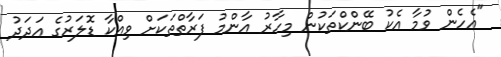
"އެހެން ވުމާ އެކު ބޭންކްތަކުން މިހާރު އާންމު ފަރާތްތަކަށް ވިއްކާ ޑޮލަރުގެ އަދަދު